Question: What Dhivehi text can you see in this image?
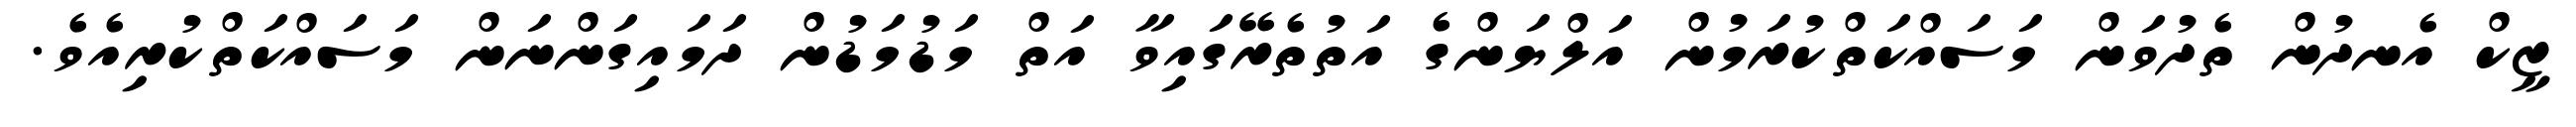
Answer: ޒީކް އެނދުން ތެދުވަން މަސައްކަތްކުރަމުން އަލްޔަންގެ އަތުތެރޭގައިވާ އަތް މަޑުމަޑުން ދަމައިގަންނަން މަސައްކަތްކުރިއެވެ.